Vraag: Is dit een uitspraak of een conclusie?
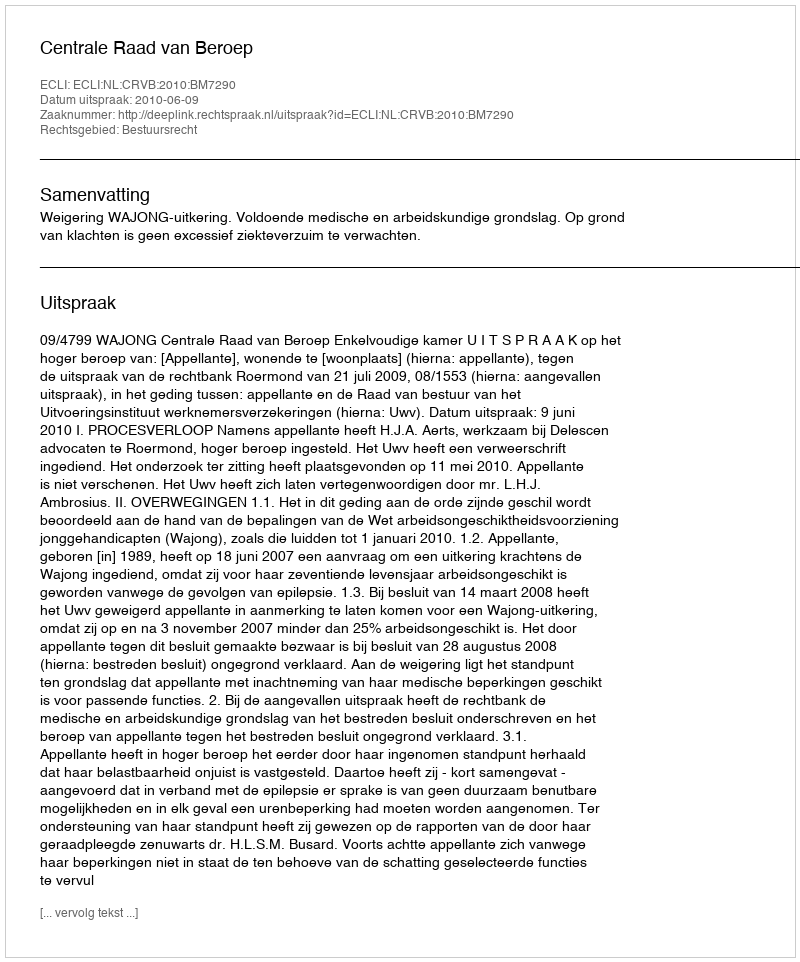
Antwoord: Uitspraak